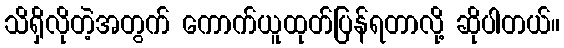
သိရှိလိုတဲ့အတွက် ကောက်ယူထုတ်ပြန်ရတာလို့ ဆိုပါတယ်။